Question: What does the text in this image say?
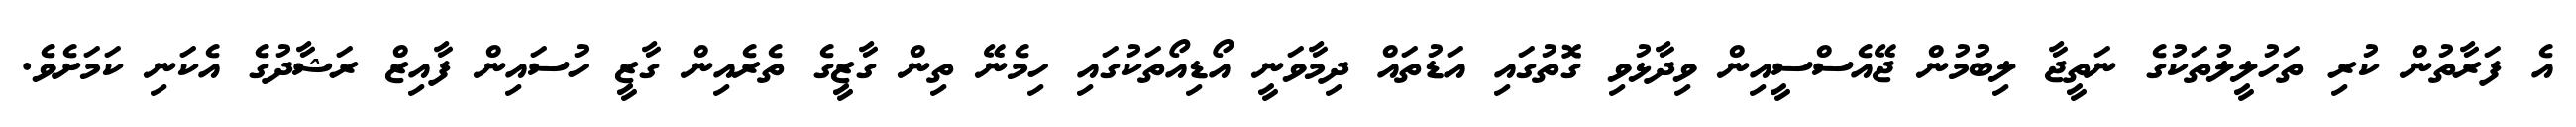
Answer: އެ ފަރާތުން ކުރި ތަހުލީލުތަކުގެ ނަތީޖާ ލިބުމުން ޖޭއެސްސީއިން ވިދާޅުވި ގޮތުގައި އަޑުތައް ދިމާވަނީ އޯޑިއޯތަކުގައި ހިމެނޭ ތިން ގާޒީގެ ތެރެއިން ގާޒީ ހުސައިން ފާއިޒް ރަޝާދުގެ އެކަނި ކަމަށެވެ.